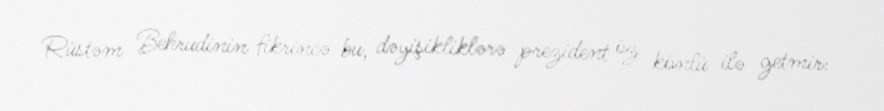
Rüstəm Behrudinin fikrincə bu, dəyişikliklərə prezident öz könlü ilə getmir: